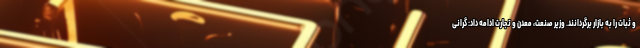
و ثبات را به بازار برگردانند. وزیر صنعت، معدن و تجارت ادامه داد: گرانی